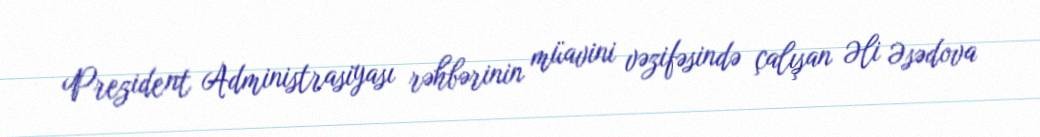
Prezident Administrasiyası rəhbərinin müavini vəzifəsində çalışan Əli Əsədova